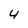
Character: 4